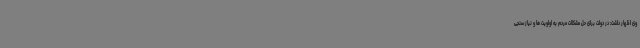
وی اظهار داشت: در دولت برای حل مشکلات مردم به اولویت ها و نیاز سنجی